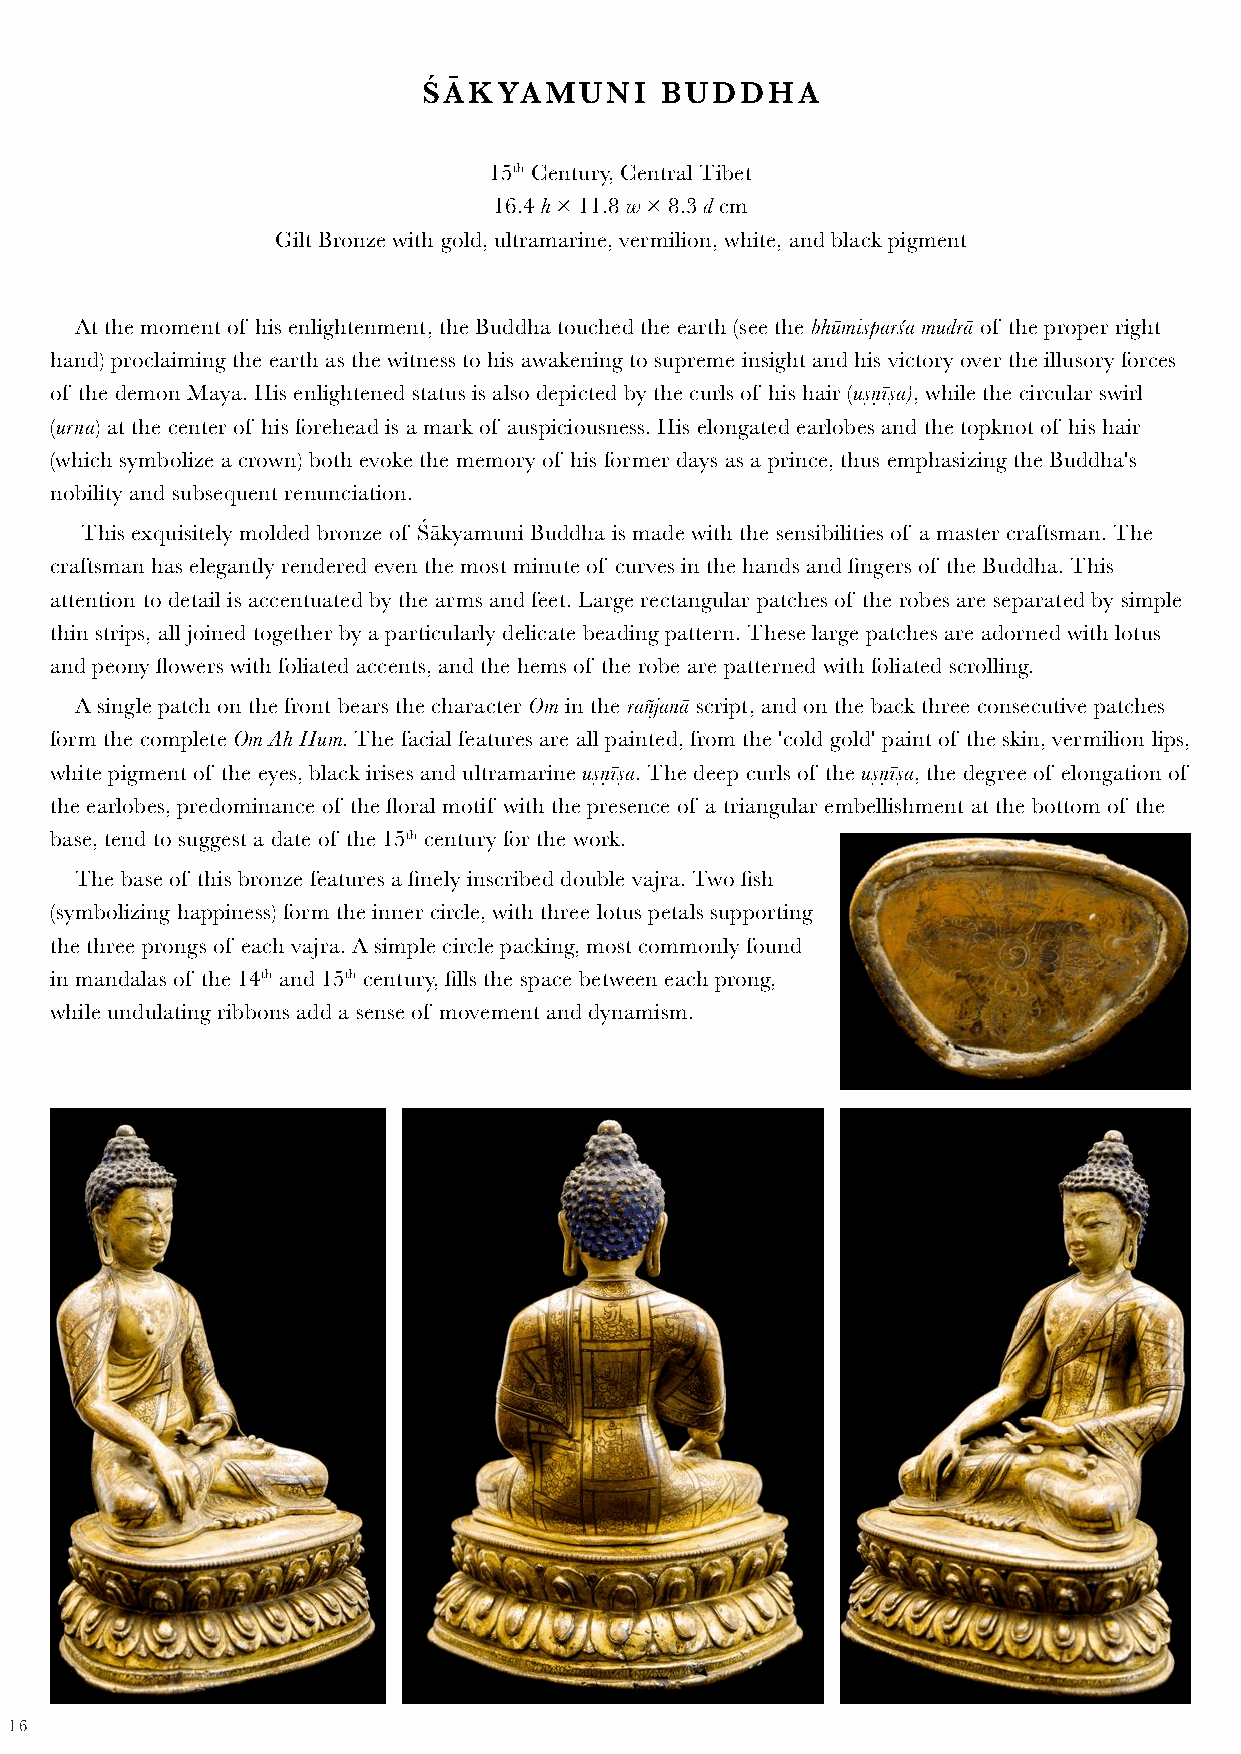
ŚĀKYAMUNI       BUDDHA
 15th Century, Central Tibet
 16.4 h × 11.8 w × 8.3 d cm
 Gilt Bronze with gold, ultramarine, vermilion, white, and black pigment
 At the moment of his enlightenment, the Buddha touched the earth (see the bhūmisparśa mudrā of the proper right
 hand) proclaiming the earth as the witness to his awakening to supreme insight and his victory over the illusory forces
 of the demon Maya. His enlightened status is also depicted by the curls of his hair (uṣṇīṣa), while the circular swirl
 (urna) at the center of his forehead is a mark of auspiciousness. His elongated earlobes and the topknot of his hair
 (which symbolize a crown) both evoke the memory of his former days as a prince, thus emphasizing the Buddha's
 nobility and subsequent renunciation.
 This exquisitely molded bronze of Śākyamuni Buddha is made with the sensibilities of a master craftsman. The
 craftsman has elegantly rendered even the most minute of curves in the hands and fingers of the Buddha. This
 attention to detail is accentuated by the arms and feet. Large rectangular patches of the robes are separated by simple
 thin strips, all joined together by a particularly delicate beading pattern. These large patches are adorned with lotus
 and peony flowers with foliated accents, and the hems of the robe are patterned with foliated scrolling.
 A single patch on the front bears the character Om in the rañjanā script, and on the back three consecutive patches
 form the complete Om Ah Hum. The facial features are all painted, from the 'cold gold' paint of the skin, vermilion lips,
 white pigment of the eyes, black irises and ultramarine uṣṇīṣa. The deep curls of the uṣṇīṣa, the degree of elongation of
 the earlobes, predominance of the floral motif with the presence of a triangular embellishment at the bottom of the
 base, tend to suggest a date of the 15th century for the work.
 The base of this bronze features a finely inscribed double vajra. Two fish
 (symbolizing happiness) form the inner circle, with three lotus petals supporting
 the three prongs of each vajra. A simple circle packing, most commonly found
 in mandalas of the 14th and 15th century, fills the space between each prong,
 while undulating ribbons add a sense of movement and dynamism.
 16